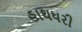
હાથધરી